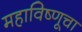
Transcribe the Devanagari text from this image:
महाविष्णूचा